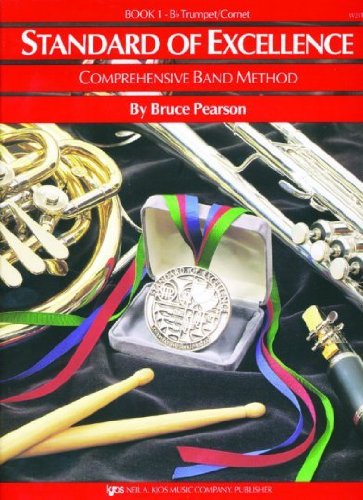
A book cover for W21TP - Standard of Excellence Book 1 Trumpet - Book Only; Chuck Elledge; Arts & Photography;